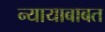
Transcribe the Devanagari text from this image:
न्यायाबाबत